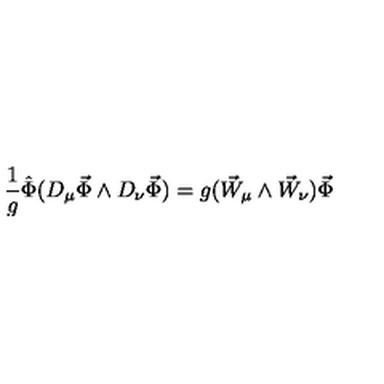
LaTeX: \frac { 1 } { g } \hat { \Phi } ( D _ { \mu } \vec { \Phi } \wedge D _ { \nu } \vec { \Phi } ) = g ( \vec { W } _ { \mu } \wedge \vec { W } _ { \nu } ) \vec { \Phi }